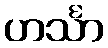
ဟင်္သာ